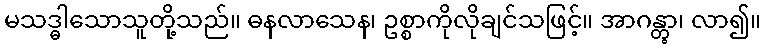
မသဒ္ဓါသောသူတို့သည်။ ဓနလာသေန၊ ဥစ္စာကိုလိုချင်သဖြင့်။ အာဂန္တွာ၊ လာ၍။